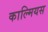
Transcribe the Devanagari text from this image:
काल्मियस